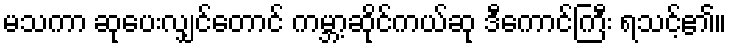
မသကာ ဆုပေးလျှင်တောင် ကမ္ဘာ့ဆိုင်ကယ်ဆု ဒီကောင်ကြီး ရသင့်၏။